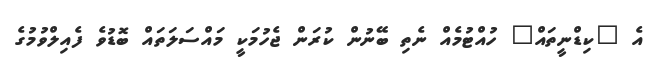
އެ "ކިޑްނީތައް" ހުއްޓުމެއް ނެތި ބޭނުން ކުރަން ޖެހުމަކީ މައްސަލަތައް ބޮޑުވެ ފެއިލްވުމުގެ